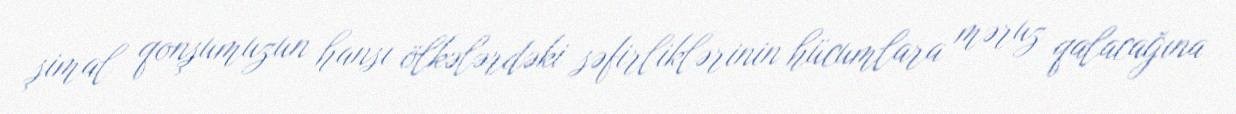
şimal qonşumuzun hansı ölkələrdəki səfirliklərinin hücumlara məruz qalacağına